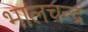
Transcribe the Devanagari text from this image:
भालचन्द्रं